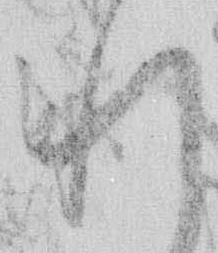
れ